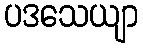
ပဒသေယျာ